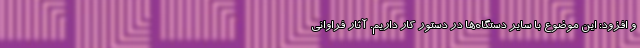
و افزود: این موضوع با سایر دستگاه‌ها در دستور کار داریم. آثار فراوانی